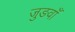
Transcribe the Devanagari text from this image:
जुङवाँ